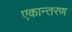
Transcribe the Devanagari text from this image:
एकान्तरण